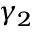
\gamma _ { 2 }